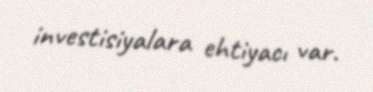
investisiyalara ehtiyacı var.